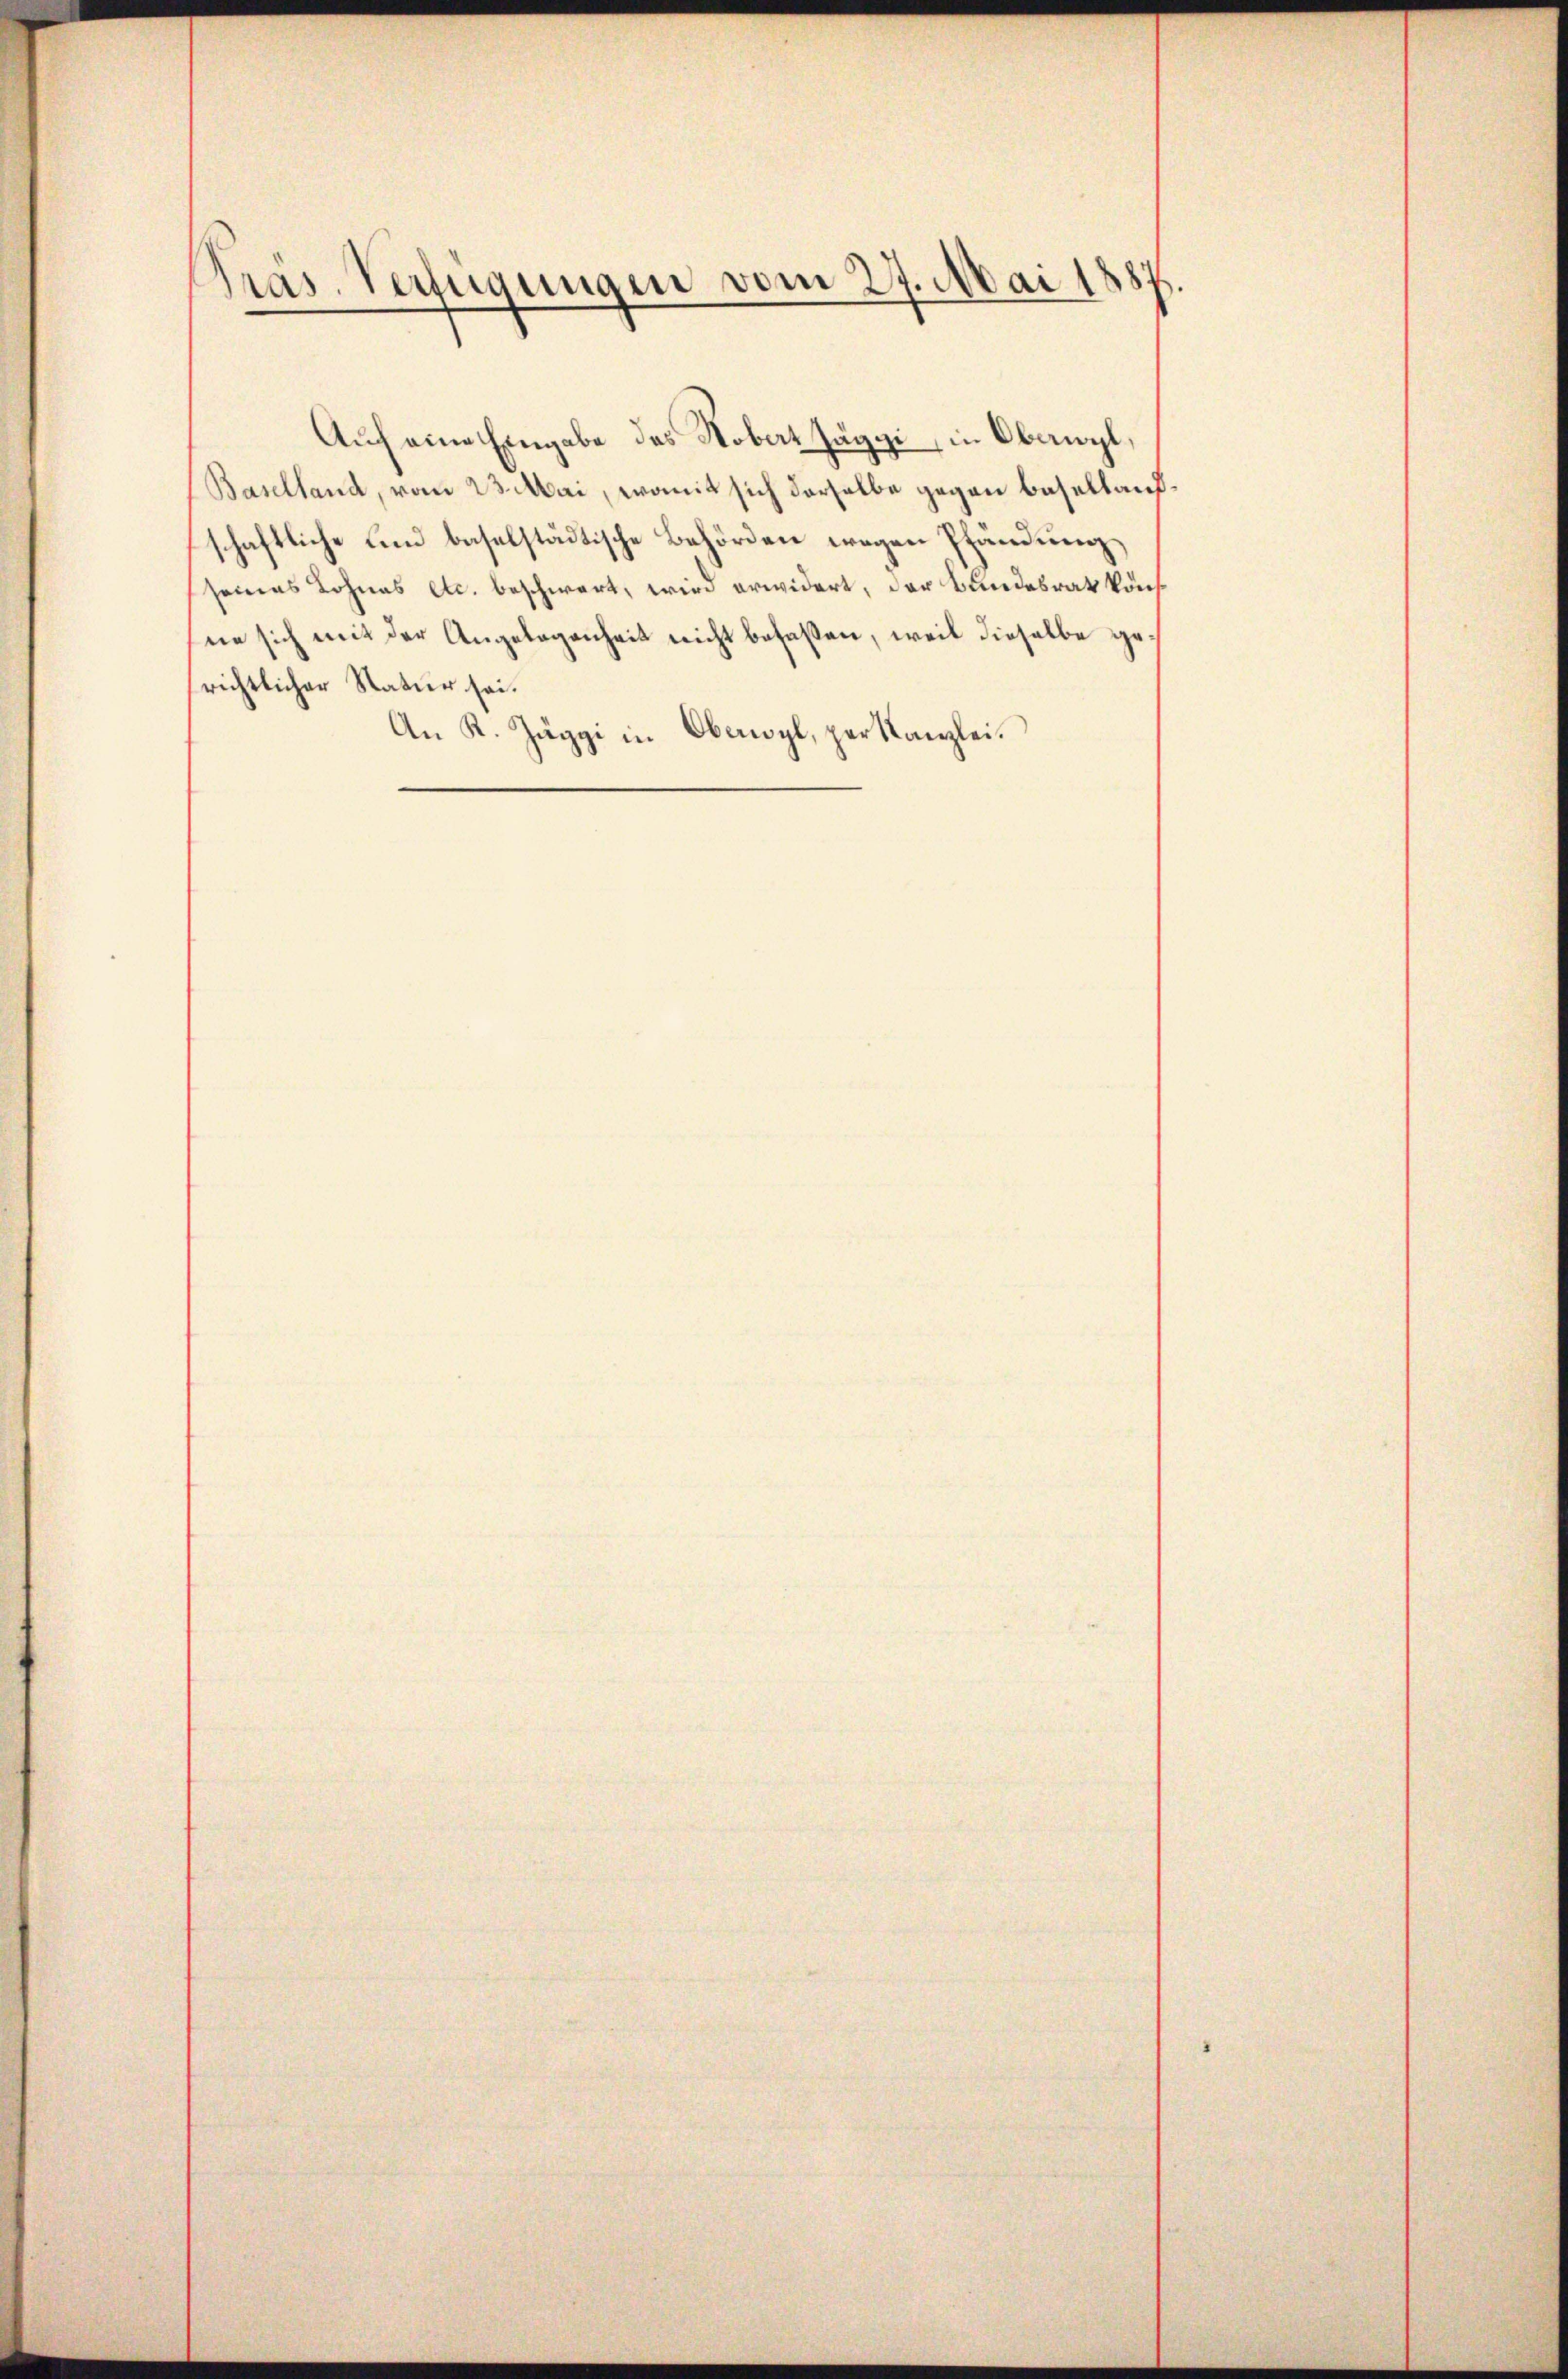
Präs. Verfügungen vom 27. Mai 1887

Auf eine Eingabe des Hobert Jäggi, in Oberwyl,
Baselland, vom 23. Mai, womit sich derselbe gegen besellaufschaftliche und baselstädtische Behörden wegen Pfändung
seines Lohnes etc. beschwert, wird erwidert, der Bundesrath könfne sich mit der Angelegenheit nicht befassen, weil dieselbe gerichtlicher Natur sei.
An K. Jäggi in Oberwyl, per Kanzlei.